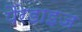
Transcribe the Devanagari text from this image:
पैरेडाइज